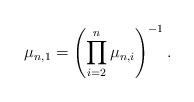
LaTeX: \begin{align*}\mu_{n,1} = \left(\prod_{i = 2}^n \mu_{n,i}\right)^{-1}. \end{align*}